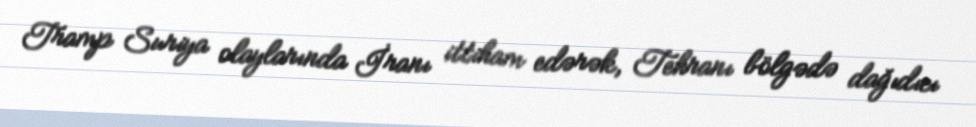
Tramp Suriya olaylarında İranı ittiham edərək, Tehranı bölgədə dağıdıcı